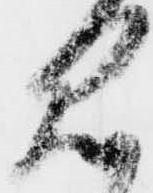
見